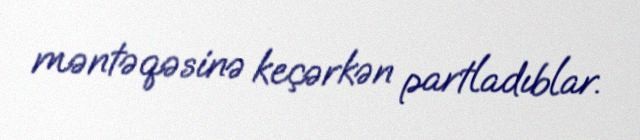
məntəqəsinə keçərkən partladıblar.